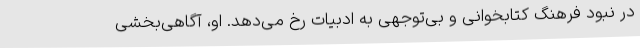
در نبود فرهنگ کتابخوانی و بی‌توجهی به ادبیات رخ می‌دهد. او، آگاهی‌بخشی